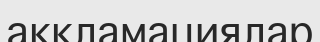
аккламациялар